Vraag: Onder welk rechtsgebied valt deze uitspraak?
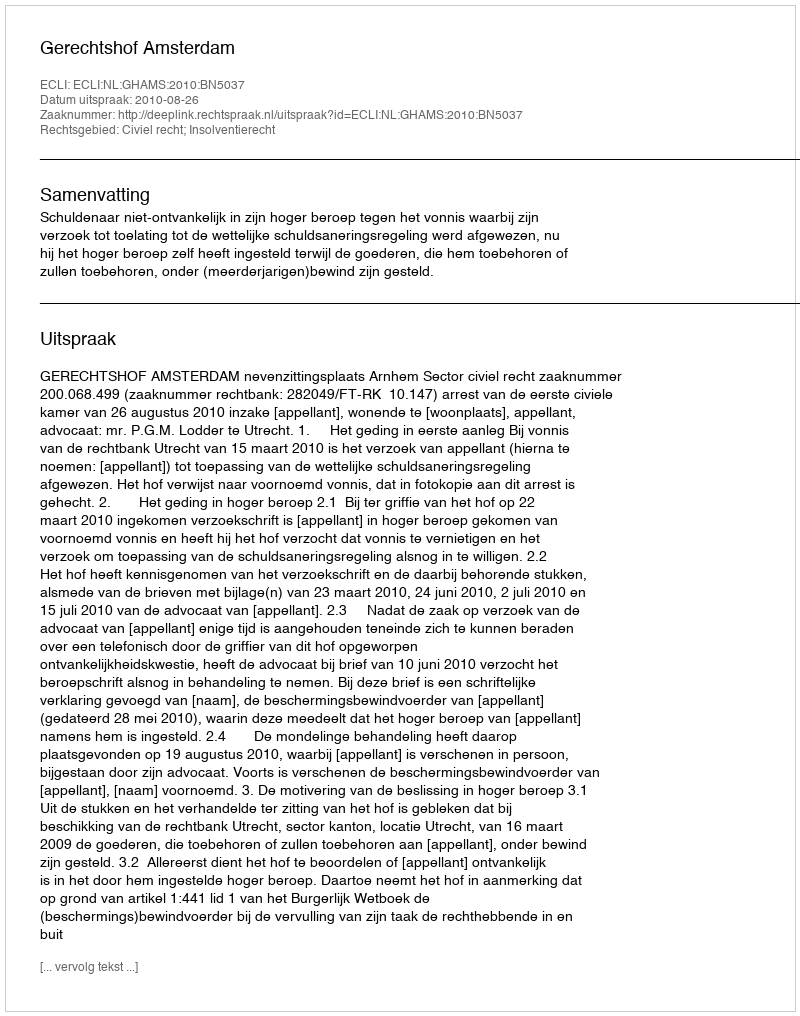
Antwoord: Civiel recht; Insolventierecht